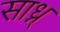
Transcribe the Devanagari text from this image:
साध्न्